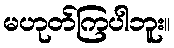
မဟုတ်ကြပါဘူး။